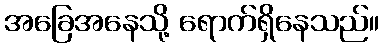
အခြေအနေသို့ ရောက်ရှိနေသည်။